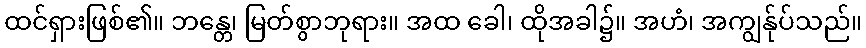
ထင်ရှားဖြစ်၏။ ဘန္တေ၊ မြတ်စွာဘုရား။ အထ ခေါ၊ ထိုအခါ၌။ အဟံ၊ အကျွန်ုပ်သည်။